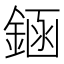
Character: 䤴